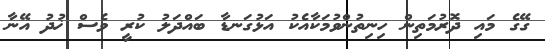
ގޭގެ މައި ދޮރުމަތިން ހިނިތުންވުމަކާއެކު އަޅުގަނޑާ ބައްދަލު ކުރީ ވެސް ޚުދު އޭނާ